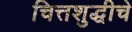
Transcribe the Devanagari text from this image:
चित्तशुद्धीचे